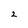
Character: 2